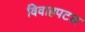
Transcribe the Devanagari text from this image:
विवाहपटल